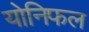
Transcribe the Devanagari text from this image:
योनिफल